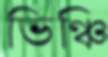
ভিঞ্চি